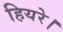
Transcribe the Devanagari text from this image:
हियरे।